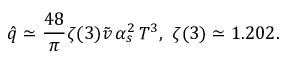
\hat { q } \simeq \frac { 4 8 } { \pi } \zeta ( 3 ) \tilde { v } \, \alpha _ { s } ^ { 2 } \, T ^ { 3 } , \, \, \zeta ( 3 ) \simeq 1 . 2 0 2 .